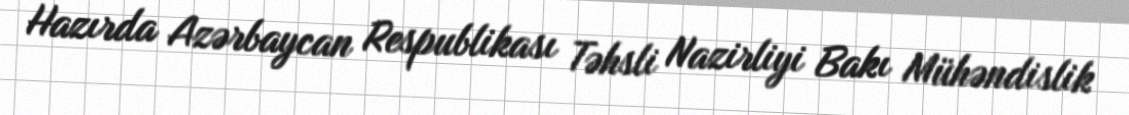
Hazırda Azərbaycan Respublikası Təhsli Nazirliyi Bakı Mühəndislik